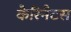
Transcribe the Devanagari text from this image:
कैरिनैटस